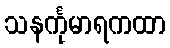
သနင်္ကုမာရကထာ